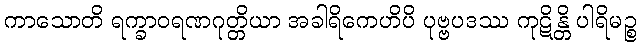
ကာသောတိ ရက္ခာဝရဏဂုတ္တိယာ အခါရိကေဟိပိ ပုဗ္ဗပဒဿ ကုဋိန္တိ ပါရိမဉ္စ